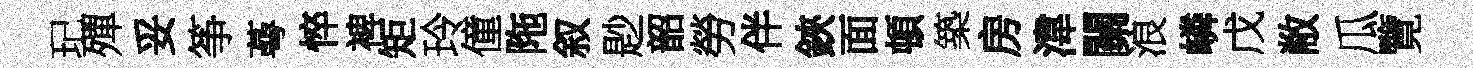
玘殫妥筝蕚悴裨矩玲僮陁叙尟韶勞伴鋏面頓築房湋關浪嶙戊敝瓜覽